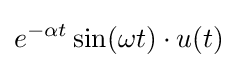
e^{-\alpha t}\sin(\omega t)\cdot u(t)